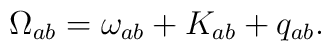
\Omega_{ab} = \omega_{ab} + K_{ab} + q_{ab}.